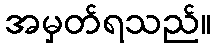
အမှတ်ရသည်။